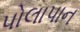
પોલાપાન